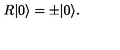
R | 0 \rangle = \pm | 0 \rangle .